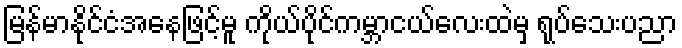
မြန်မာနိုင်ငံအနေဖြင့်မူ ကိုယ်ပိုင်ကမ္ဘာငယ်လေးထဲမှ ရုပ်သေးပညာ